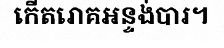
កើតរោគអន្ទង់បារ។